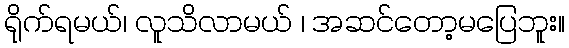
ရိုက်ရမယ်၊ လူသိလာမယ် ၊ အဆင်တော့မပြေဘူး။